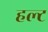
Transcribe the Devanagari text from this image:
हल्ट